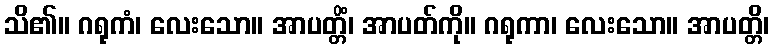
သိ၏။ ဂရုကံ၊ လေးသော။ အာပတ္တိံ၊ အာပတ်ကို။ ဂရုကာ၊ လေးသော။ အာပတ္တိ၊